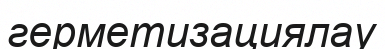
герметизациялау